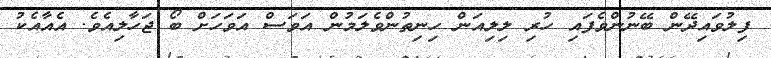
ފިލުވައިދޭން ބޭނުންވެފައި ހުރި ލިލިއަން ހިނިތުންވެލަމުން އަވަސް އަވަހަށް ބޯ ޖަހާލިއެވެ. އެއާއެކު